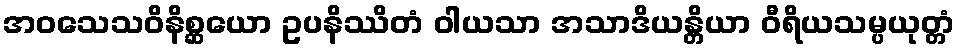
အဝသေသဝိနိစ္ဆယော ဥပနိဿိတံ ဝါယသာ အသာဒိယန္တိယာ ဝီရိယသမ္ပယုတ္တံ